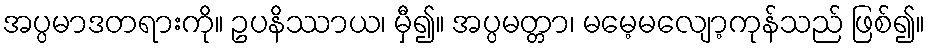
အပ္ပမာဒတရားကို။ ဥပနိဿာယ၊ မှီ၍။ အပ္ပမတ္တာ၊ မမေ့မလျော့ကုန်သည် ဖြစ်၍။